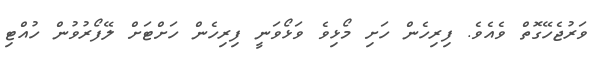
ވަރުޖެހޭގޮތް ވެއެވެ. ފިރިހެން ހަށި މޯޅިވެ ވަޅޯވަނީ ފިރިހެން ހަށްޓަށް ލޭފޯރުވުން ހުއްޓި